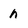
Character: n